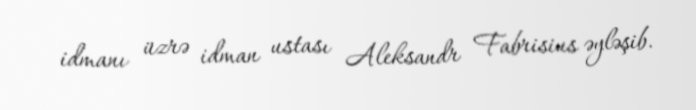
idmanı üzrə idman ustası Aleksandr Fabrisius əyləşib.